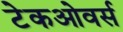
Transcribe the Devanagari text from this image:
टेकओवर्स